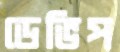
ডেভিপ